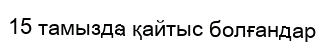
15 тамызда қайтыс болғандар